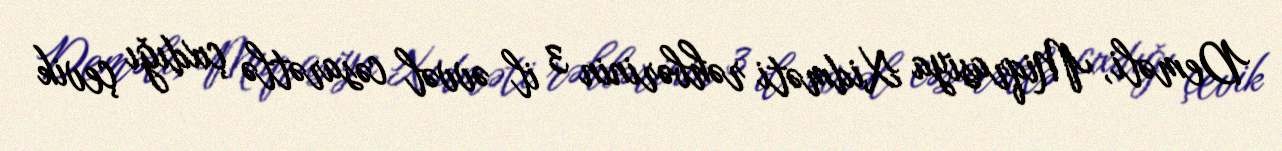
Deməli, Miqrasiya Xidməti rəhbərinin 3 il əvvəl cəsarətlə çıxdığı çevik